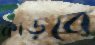
কাড়বে